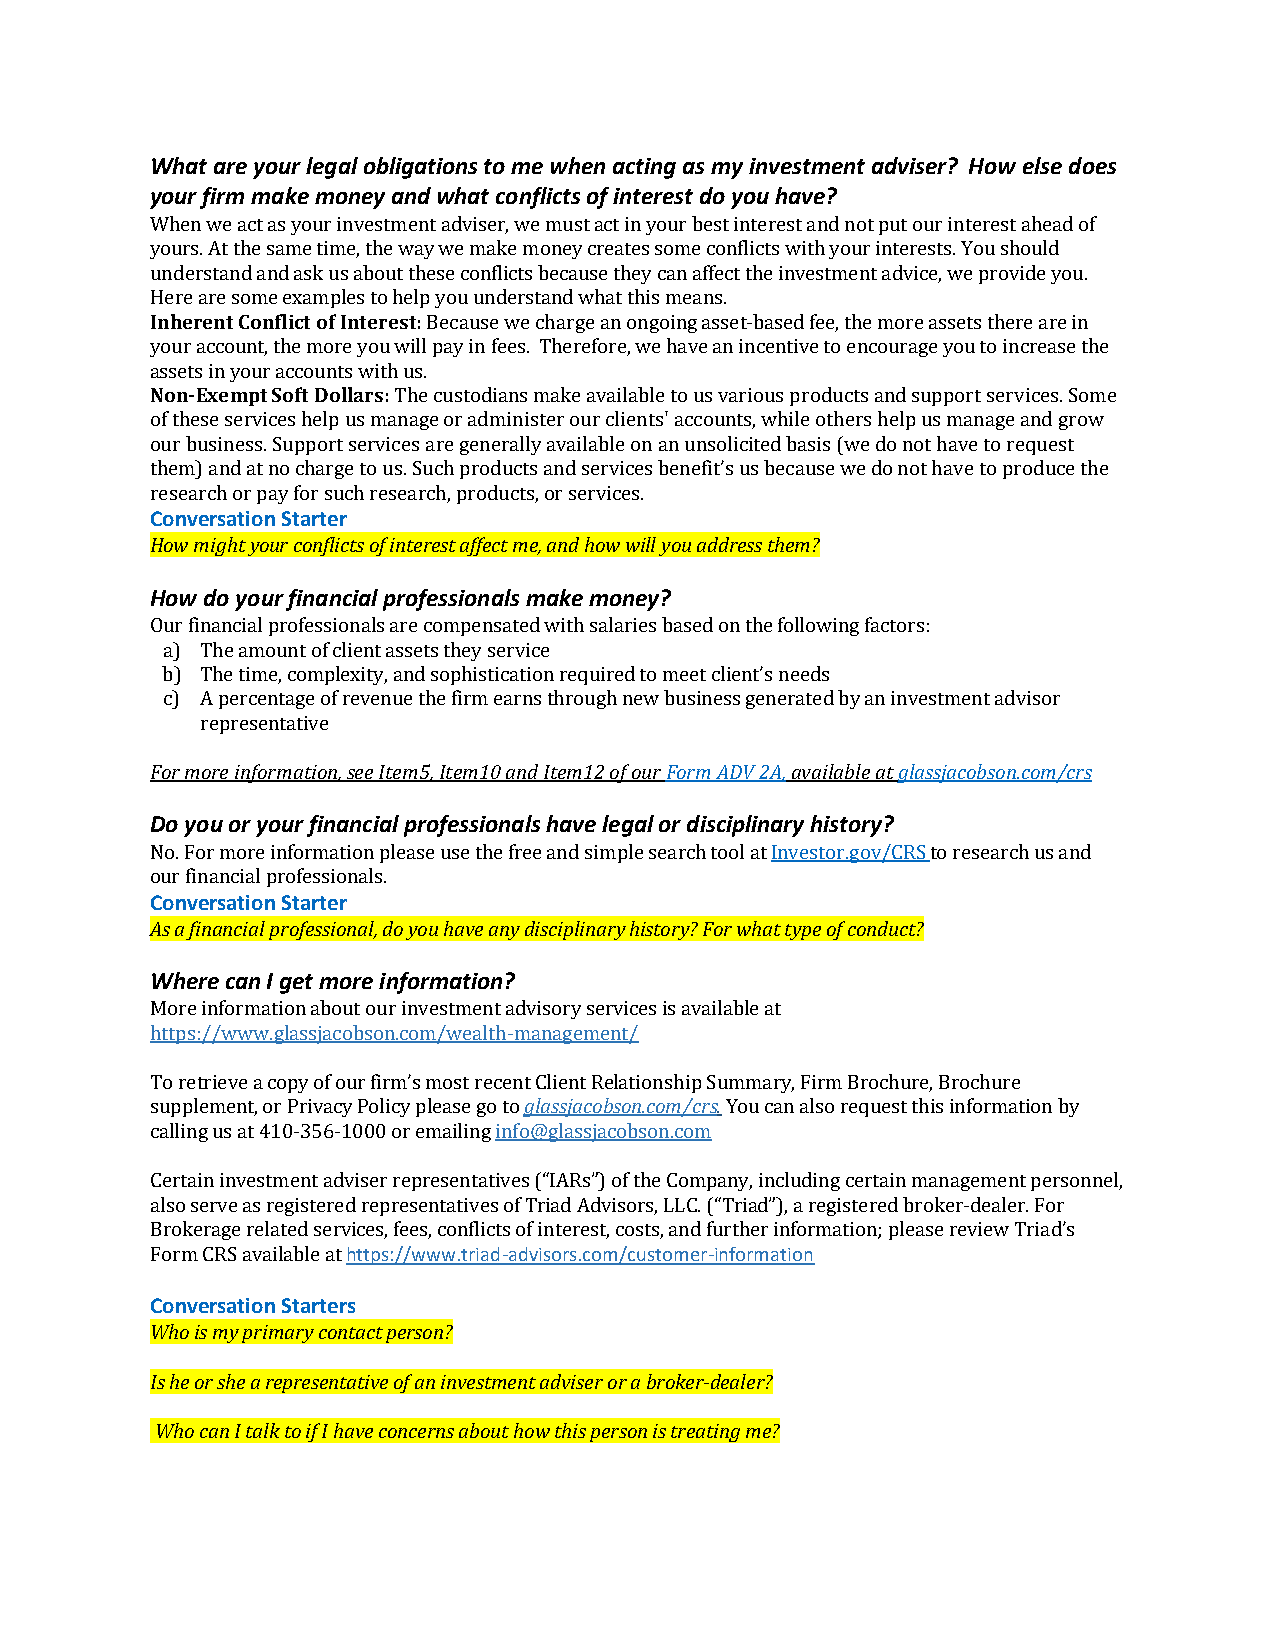
What are your legal obligations to me when acting as my investment adviser? How else does
 your firm make money and what conflicts of interest do you have?
 When we act as your investment adviser, we must act in your best interest and not put our interest ahead of
 yours. At the same time, the way we make money creates some conflicts with your interests. You should
 understand and ask us about these conflicts because they can affect the investment advice, we provide you.
 Here are some examples to help you understand what this means.
 Inherent Conflict of Interest: Because we charge an ongoing asset-based fee, the more assets there are in
 your account, the more you will pay in fees. Therefore, we have an incentive to encourage you to increase the
 assets in your accounts with us.
 Non-Exempt Soft Dollars: The custodians make available to us various products and support services. Some
 of these services help us manage or administer our clients' accounts, while others help us manage and grow
 our business. Support services are generally available on an unsolicited basis (we do not have to request
 them) and at no charge to us. Such products and services benefit’s us because we do not have to produce the
 research or pay for such research, products, or services.
 Conversation Starter
 How might your conflicts of interest affect me, and how will you address them?
 How do your financial professionals make money?
 Our financial professionals are compensated with salaries based on the following factors:
 a) The amount of client assets they service
 b) The time, complexity, and sophistication required to meet client’s needs
 c) A percentage of revenue the firm earns through new business generated by an investment advisor
 representative
 For more information, see Item5, Item10 and Item12 of our Form ADV 2A, available at glassjacobson.com/crs
 Do you or your financial professionals have legal or disciplinary history?
 No. For more information please use the free and simple search tool at Investor.gov/CRS to research us and
 our financial professionals.
 Conversation Starter
 As a financial professional, do you have any disciplinary history? For what type of conduct?
 Where can I get more information?
 More information about our investment advisory services is available at
 https://www.glassjacobson.com/wealth-management/
 To retrieve a copy of our firm’s most recent Client Relationship Summary, Firm Brochure, Brochure
 supplement, or Privacy Policy please go to glassjacobson.com/crs. You can also request this information by
 calling us at 410-356-1000 or emailing info@glassjacobson.com
 Certain investment adviser representatives (“IARs”) of the Company, including certain management personnel,
 also serve as registered representatives of Triad Advisors, LLC. (“Triad”), a registered broker-dealer. For
 Brokerage related services, fees, conflicts of interest, costs, and further information; please review Triad’s
 Form CRS available at https://www.triad-advisors.com/customer-information
 Conversation Starters
 Who is my primary contact person?
 Is he or she a representative of an investment adviser or a broker-dealer?
 Who can I talk to if I have concerns about how this person is treating me?